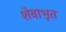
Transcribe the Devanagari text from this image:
शैवाभूत